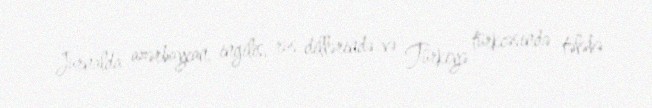
Jurnalda azərbaycan, ingilis, rus dillərində və Türkiyə türkcəsində tələbə